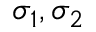
\sigma _ { 1 } , \sigma _ { 2 }